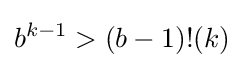
b^{k-1}>(b-1)!(k)